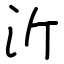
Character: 沂